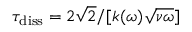
\tau _ { \mathrm { d i s s } } = 2 \sqrt { 2 } / [ k ( \omega ) \sqrt { \nu \omega } ]